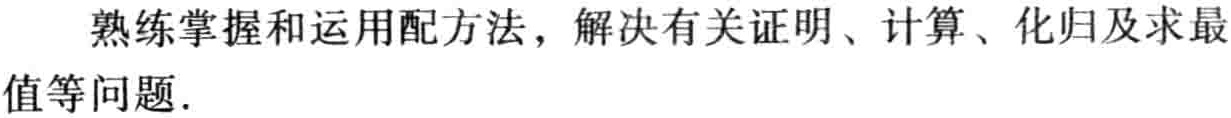
熟练掌握和运用配方法，解决有关证明、计算、化归及求最值等问题.